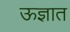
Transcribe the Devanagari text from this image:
ऊज्ञात